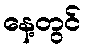
နေ့တွင်